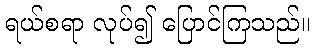
ရယ်စရာ လုပ်၍ ပြောင်ကြသည်။